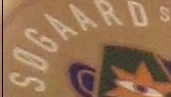
SOGAAROS